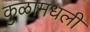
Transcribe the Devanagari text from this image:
कुळामधली